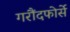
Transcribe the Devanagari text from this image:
गरौंदफोर्से